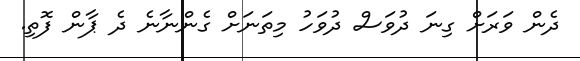
ދެން ވަރަށް ގިނަ ދުވަސް ދުވަހު މިތަނަށް ގެންނާނެ ދެ ޕާން ފޮތި.